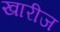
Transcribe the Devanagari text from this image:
खारीज